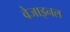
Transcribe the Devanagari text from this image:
वेजाइनल